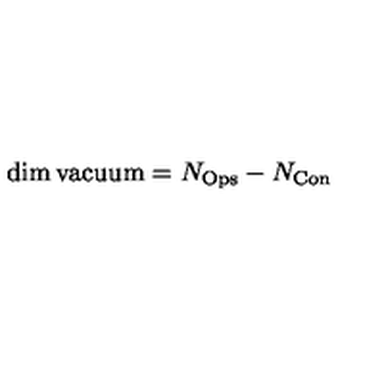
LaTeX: \dim \mathrm { v a c u u m } = N _ { \mathrm { O p s } } - N _ { \mathrm { C o n } }